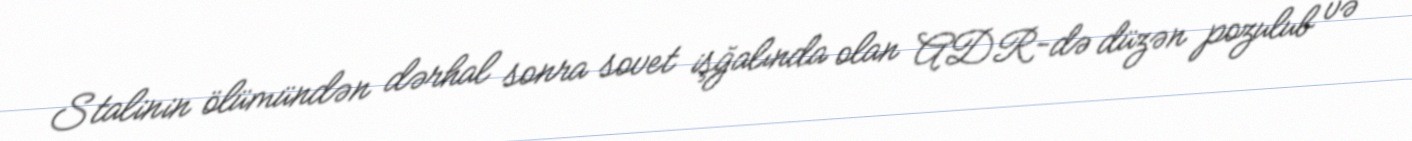
Stalinin ölümündən dərhal sonra sovet işğalında olan ADR-də düzən pozulub və